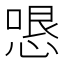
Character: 𭝫